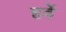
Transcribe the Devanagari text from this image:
हर्वे